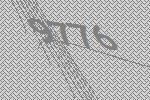
9776